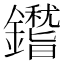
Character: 鑙